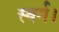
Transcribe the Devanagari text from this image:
स्वर्ग।